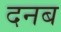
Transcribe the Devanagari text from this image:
दनब